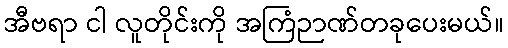
အီဗရာ ငါ လူတိုင်းကို အကြံဉာဏ်တခုပေးမယ်။